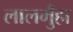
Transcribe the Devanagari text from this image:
लालमुँहा